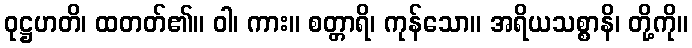
ဝုဋ္ဌဟတိ၊ ထတတ်၏။ ဝါ၊ ကား။ စတ္တာရိ၊ ကုန်သော။ အရိယသစ္စာနိ၊ တို့ကို။